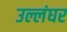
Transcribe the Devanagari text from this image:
उल्लंघर